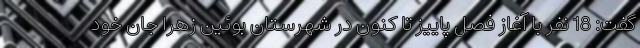
گفت: 18 نفر با آغاز فصل پاییز تا کنون در شهرستان بوئین زهرا جان خود